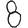
Digit: 8